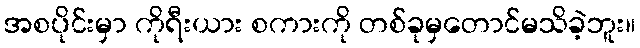
အစပိုင်းမှာ ကိုရီးယား စကားကို တစ်ခုမှတောင်မသိခဲ့ဘူး။